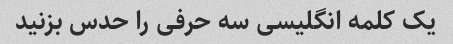
یک کلمه انگلیسی سه حرفی را حدس بزنید